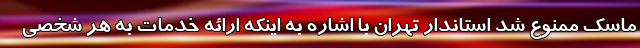
ماسک ممنوع شد استاندار تهران با اشاره به اینکه ارائه خدمات به هر شخصی